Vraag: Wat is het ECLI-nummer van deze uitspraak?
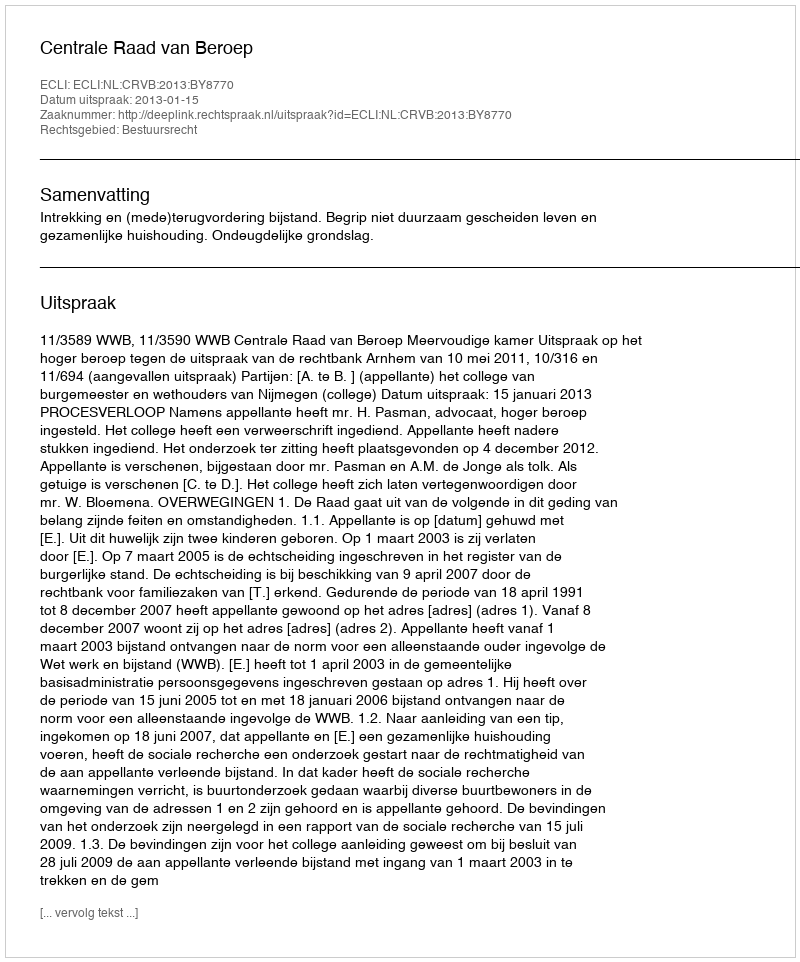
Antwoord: ECLI:NL:CRVB:2013:BY8770